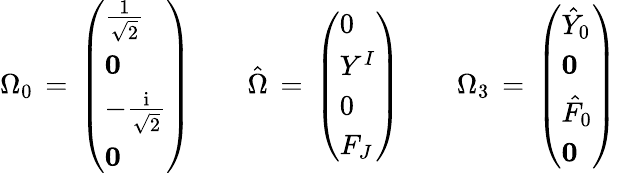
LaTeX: \Omega_{0}\, =\, \left(\begin{array}{l}{{{\frac{1}{\sqrt{2}}}}}\\ {{{\mathbf 0}}}\\ {{-{\frac{\mathrm{i}}{\sqrt{2}}}}}\\ {{{\mathbf 0}}}\end{array}\right)\qquad{\hat{\Omega}}\, =\, \left(\begin{array}{l}{{0}}\\ {{Y^{I}}}\\ {{0}}\\ {{F_{J}}}\end{array}\right)\qquad\Omega_{3}\, =\, \left(\begin{array}{l}{{{\hat{Y}}_{0}}}\\ {{{\mathbf 0}}}\\ {{{\hat{F}}_{0}}}\\ {{{\mathbf 0}}}\end{array}\right)